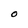
Character: O